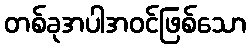
တစ်ခုအပါအဝင်ဖြစ်သော